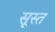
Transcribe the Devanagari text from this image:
सूस्त